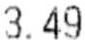
3.49